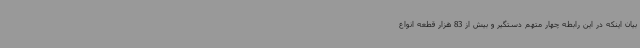
بیان اینکه در این رابطه چهار متهم دستگیر و بیش از 83 هزار قطعه انواع